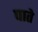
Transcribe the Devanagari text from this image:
पाते